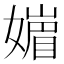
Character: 𡡻